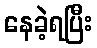
နေခဲ့ရပြီး